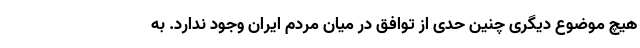
هیچ موضوع دیگری چنین حدی از توافق در میان مردم ایران وجود ندارد. به